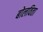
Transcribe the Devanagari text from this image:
बोलविता